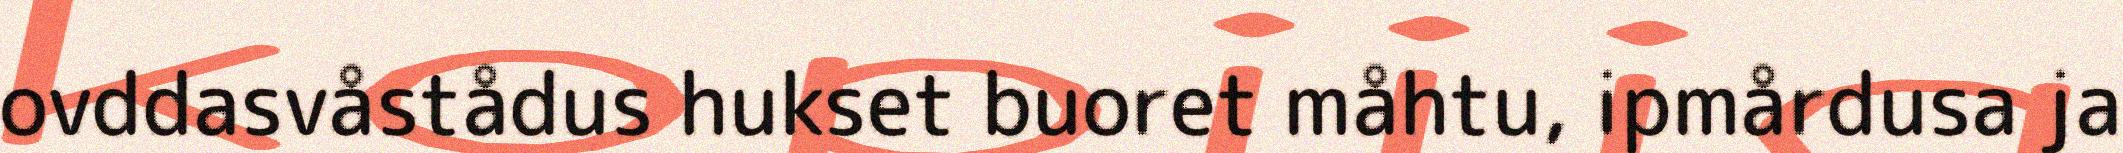
ovddasvåstådus hukset buoret måhtu, ipmårdusa ja